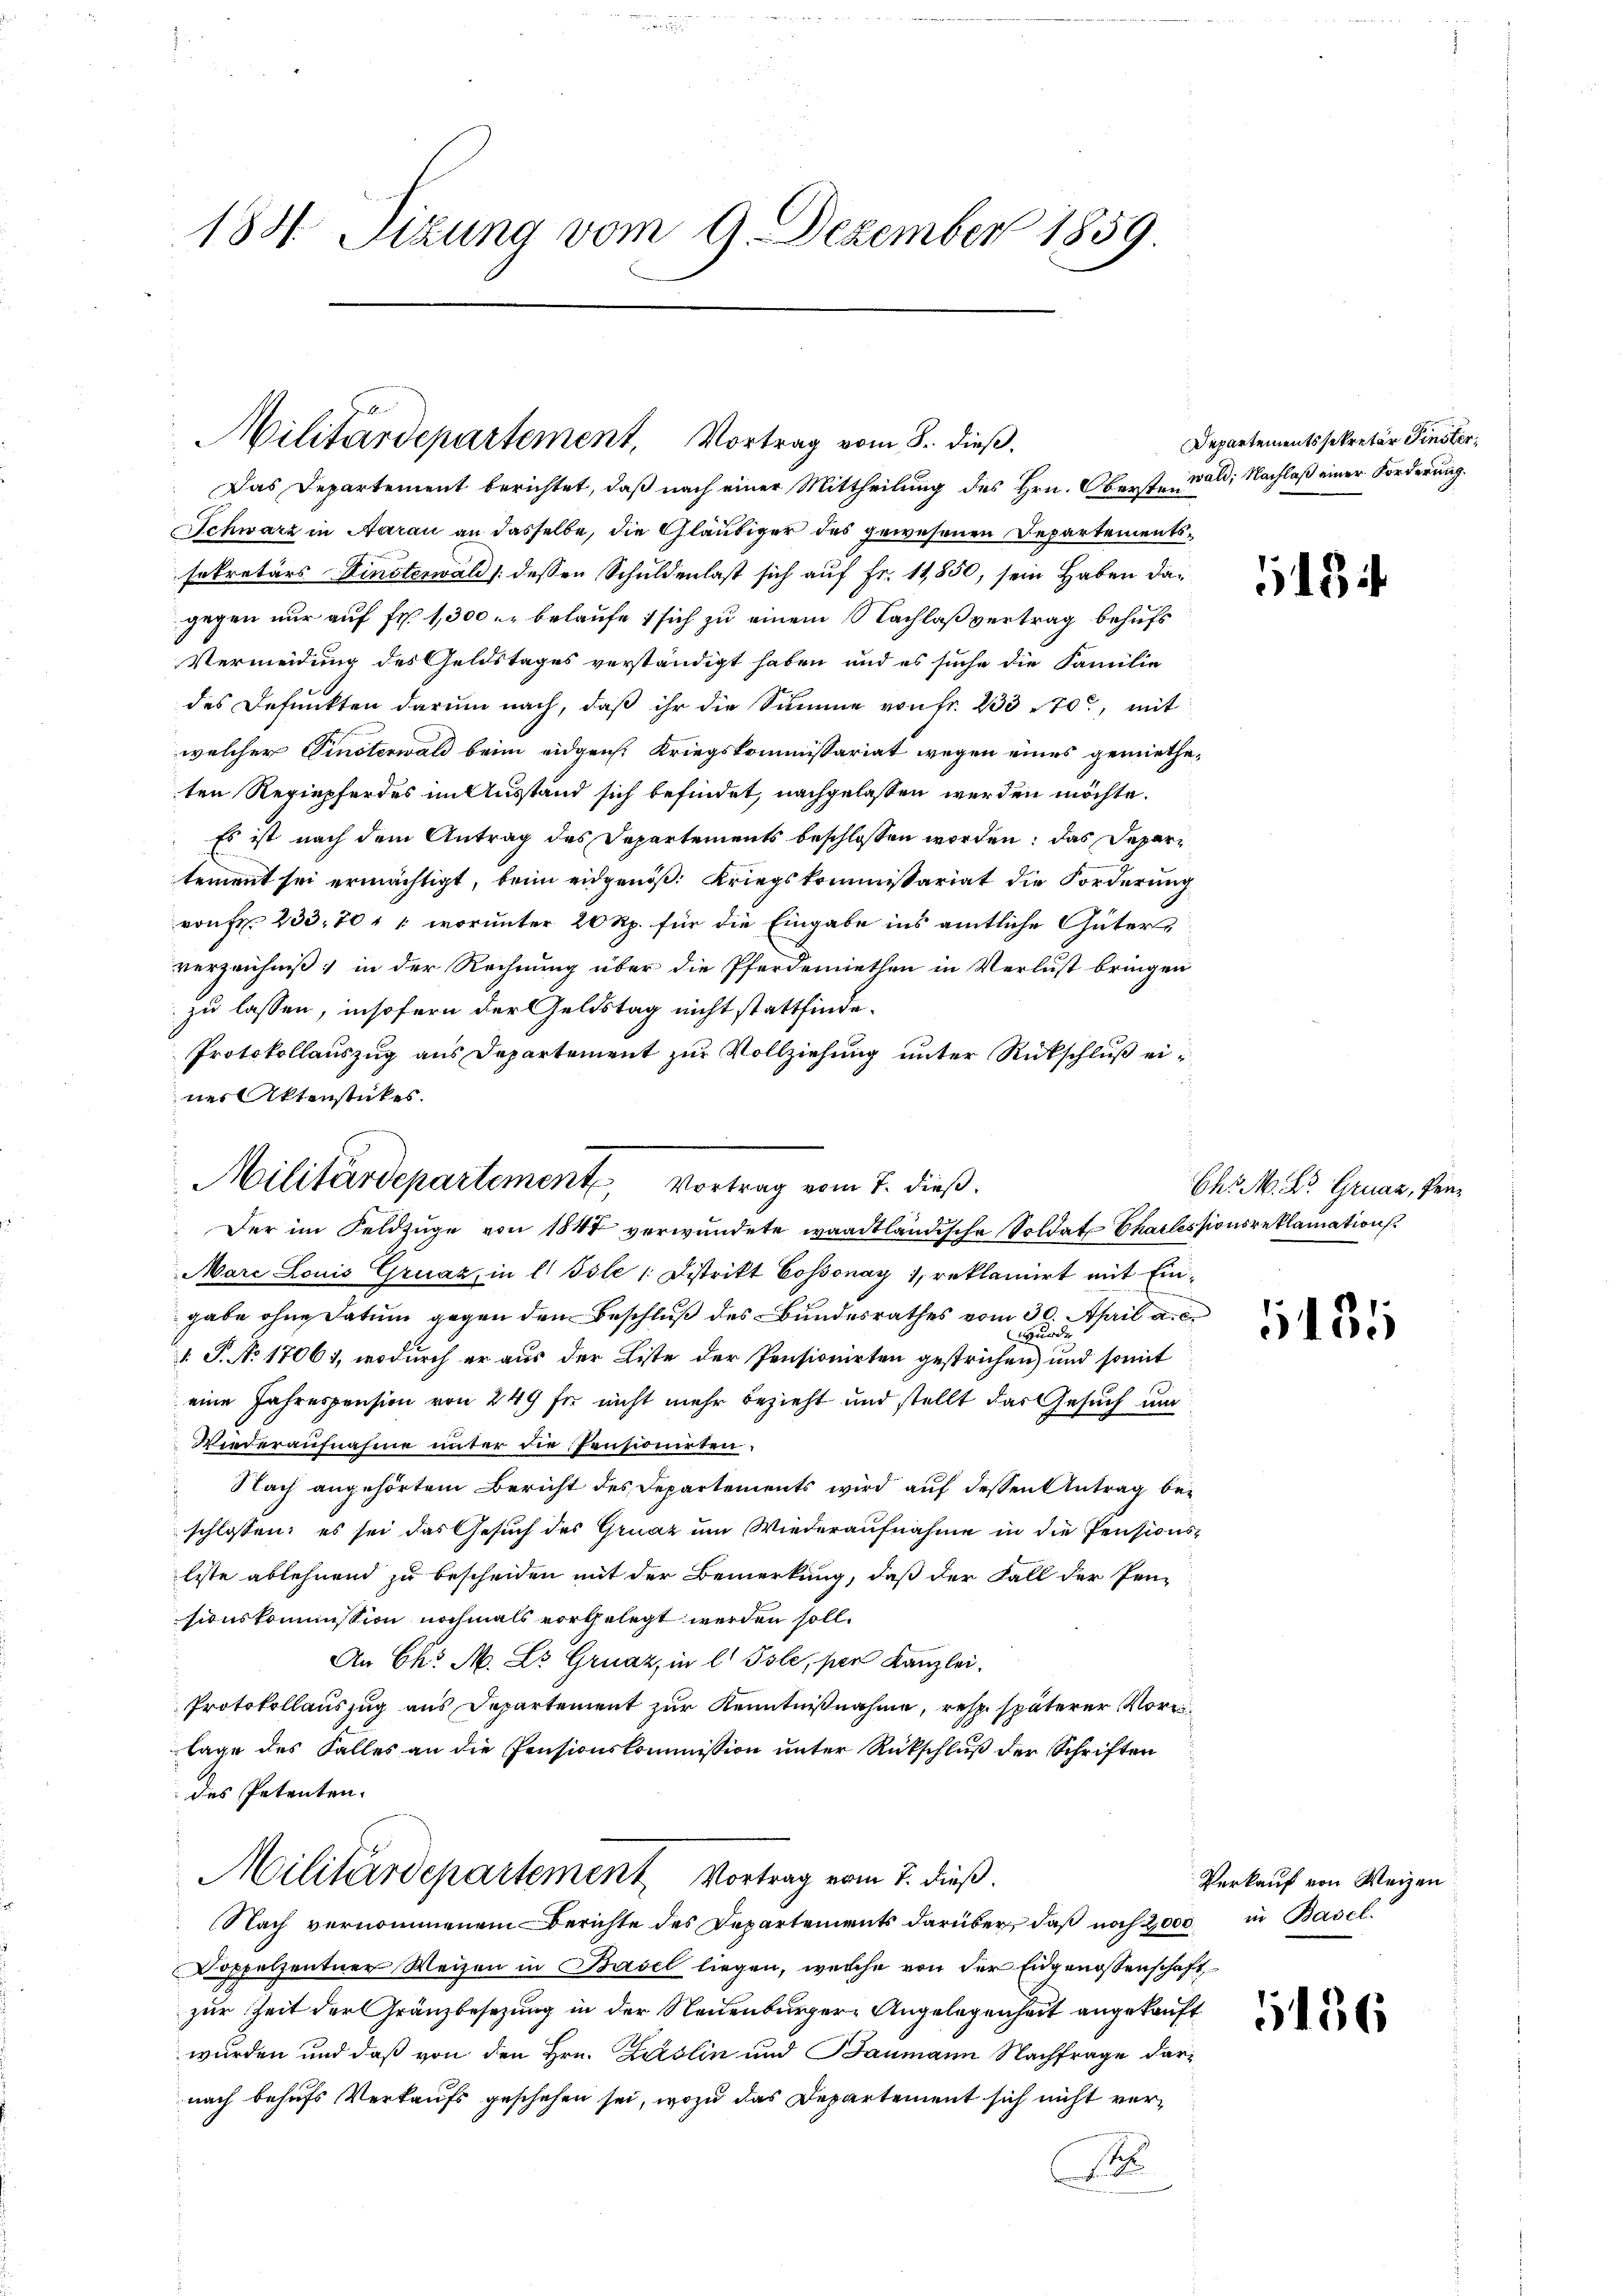
184. Sizung vom 9. Dezember 1859.

Militärdepartement, Vortrag vom 8. dieß.
Das Departement berichtet, daß nach einer Mittheilung des Hrn. Oberste Wald; Nachlaß einer Forderung

Schwarz in Aarau an dasselbe, die Gläubiger des gewesenen Departementssekretärs Finsterwald /: dessen Schuldenlast sich auf Fr. 11,850, sein Haben dagegen nur auf Fr. 1300. belaufe, sich zu einem Nachlaßvertrag behufs
Vermeidung des Geldstages verständigt haben und es suche die Familie
des Befunkten darum nach, daß ihr die Summe von fr. 233 70, mit
welcher Einsterwald beim eidgen. Kriegskommissariat wegen eines gemietheten Regiepferdes im Ausstand sich befindet, nachgelassen werden möchte.
Es ist nach dem Antrag des Departements beschlossen worden; das Departement sei ermächtigt, beim eidgenöß: Kriegskommissariat die Forderung
vonFr. 233. 70, worunter 20 Rp. für die Eingabe ins amtliche Güters
verzeichniß in der Rechnung über die Pferdemiethen in Verlust bringen
zu lassen, insofern der Geldstag nicht stattfinde.
Protokollauszug aus Departement zur Vollziehung unter Rückschluß eines Aktenstückes.
Mare Louis Gruaz, in l. Isle 1. Distritt Cossonay 1, reklamirt mit Eingabe ohne Datum gegen den Beschluß des Bundesrathes vom 30. April a. c.
wurde
1. P. No 17061, wodurch er aus der Liste der Pensionirten gestrichen) und somit
eine Jahrespension von 249 für nicht mehr bezieht und stellt das Gesuch um
Wiederaufnahme unter die Pensionirten:
Nach angehörtem Bericht des Departements wird auf dessen Antrag be-
schlossen: es sei das Gesuch des Gruaz um Wiederaufnahme in die Pensionsleste ablehnend zu bescheiden mit der Bemerkung, daß der Fall der Pen-
sionskommission nochmals vorgelegt werden soll.
An Chr. M. L. Gruaz, in l. Isle, per Kanzlei.
Protokollauszug aus Departement zur Kenntnißnahme, resp. späterer Voreilage des Falles an die Pensionskommission unter Rückschluß der Schriften
des Petenten.
Militärdepartement Vortrag vom 7. dieß.
Nach vernommenem Berichte des Departements darüber, daß noch 2000 in Basel.
Doppelzentner Weizen in Basel liegen, welche von der Eidgenossenschaft
zur Zeit der Gränzbesezung in der Neuenburgere Angelegenheit angekauft
wurden und daß von den Hrn. Lislin und Baumann Nachfrage darnach behufs Verkaufs geschehen sei, wozu das Departement sich nicht vers

Militärdepartement, Vortrag vom 7. dieß.
Der im Feldzüge von 1844 verwundete waadtländische Soldat Chailessionsreklamation

Departementssekretär Finster,

143

Chr. M. Dr. Gruaz, Pen¬

181

Verkauf von Weizen

156